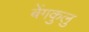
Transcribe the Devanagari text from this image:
बेंगकुलु